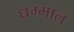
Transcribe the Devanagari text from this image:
धम्माल